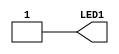
// This program was cloned from: https://github.com/FPGAwars/apio-examples
// License: GNU General Public License v2.0

//------------------------------------------------------------------
//-- Verilog template
//-- Top entity
//-- Board: Kfir I
//------------------------------------------------------------------
`default_nettype none

//-- Template for the top entity
module top(output wire LED1);

//-- Turn on the LED1 on the board
assign LED1 = 1'b1;

endmodule